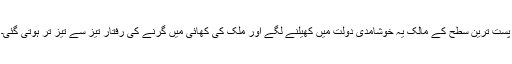
پست ترین سطح کے مالک یہ خوشامدی دولت میں کھیلنے لگے اور ملک کی کھائی میں گرنے کی رفتار تیز سے تیز تر ہوتی گئی۔